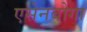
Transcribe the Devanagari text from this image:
एसेनबोगा